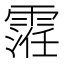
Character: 𱁢